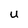
Character: u